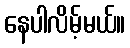
နေပါလိမ့်မယ်။